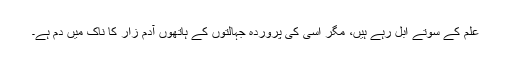
علم کے سوتے ابل رہے ہیں، مگر اسی کی پروردہ جہالتوں کے ہاتھوں آدم زار کا ناک میں دم ہے۔